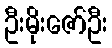
ဦးမိုးဇော်ဦး